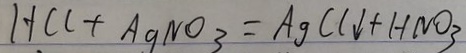
H C l + A g N O _ { 3 } = A g C l \downarrow + H N O _ { 3 }